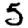
Digit: 5